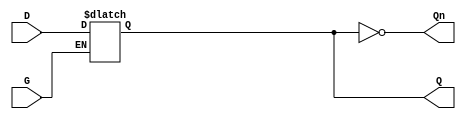
module GatedLatch (
    input wire D,        // Data input
    input wire G,        // Enable signal
    output reg Q,        // Output
    output wire Qn       // Complement of output Q
);

// Complement of Q
assign Qn = ~Q;

// Always block to implement the latch behavior
always @(*) begin
    if (G) begin
        // G is high; latch is transparent
        Q = D; 
    end
    // When G is low, Q retains its previous value (no need to assign)
end

endmodule